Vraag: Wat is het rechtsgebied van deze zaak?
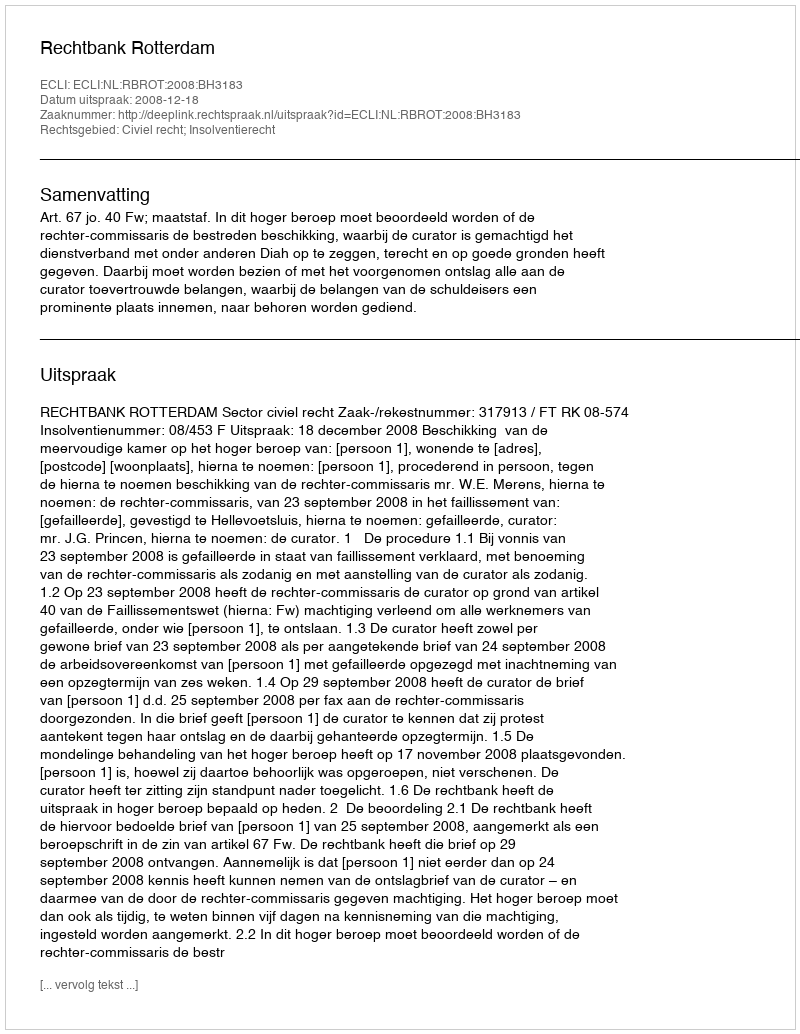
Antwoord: Civiel recht; Insolventierecht